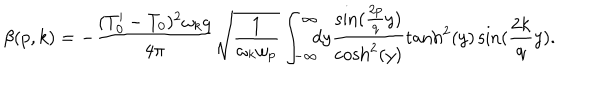
\beta ( p , k ) = - \frac { ( T _ { 0 } ^ { \prime } - T _ { 0 } ) ^ { 2 } \omega _ { k } q } { 4 \pi } \sqrt { \frac { 1 } { \omega _ { k } \omega _ { p } } } \int _ { - \infty } ^ { \infty } \! \! \! d y \frac { \sin ( \frac { 2 p } { q } y ) } { \mathrm { c o s h } ^ { 2 } ( y ) } \tanh ^ { 2 } ( y ) \sin ( \frac { 2 k } { q } y ) .